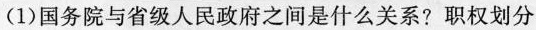
(1)国务院与省级人民政府之间是什么关系?职权划分